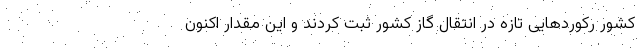
کشور رکوردهایی تازه در انتقال گاز کشور ثبت کردند و این مقدار اکنون